Indian Medical Review
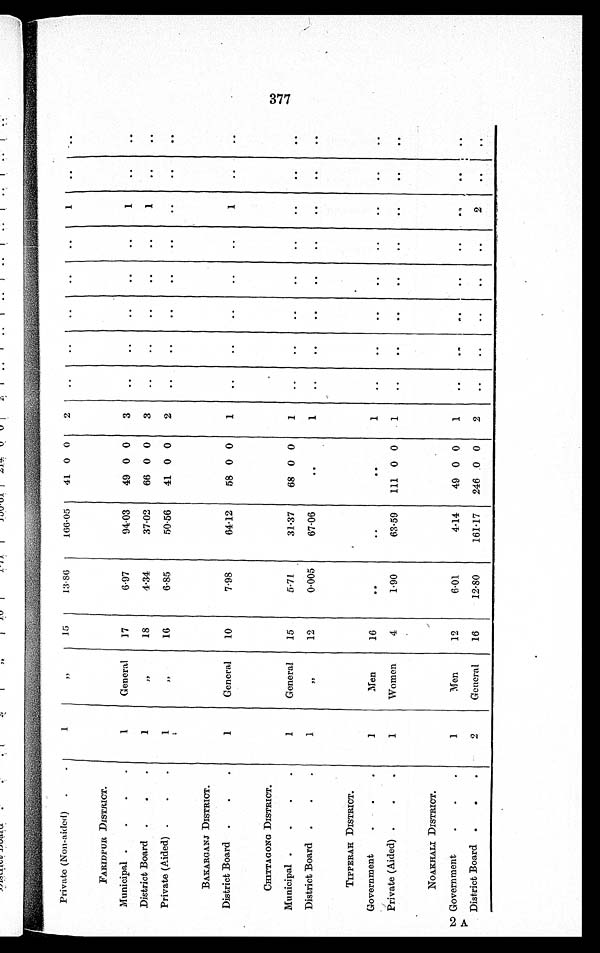
Private (Non-aided)
1
, ,
15
13·86
166·05
41 0 0
2
..
. .
. .
. .
. .
1
..
. .
FARIDPUR DISTRICT.
Municipal
1
General
17
6·97
94·03
49 0 0
3
. .
..
..
..
..
1
. .
. .
District Board
1
, ,
18
4·34
37·02
66 0 0
3
..
. .
..
..
..
1
..
. .
Private (Aided)
1
, ,
16
6·85
50·56
41 0 0
2
. . ..
..
..
..
..
..
. .
BAKARGANJ DISTRICT.
District Board
1
General
10
7·98
64·12
58 0 0
1
..
. .
..
..
..
1
..
. .
CHITTAGONG DISTRICT.
Municipal
1
General
15
5·71
31·37
68 0 0
1
..
..
..
..
..
..
..
..
District Board
1
, ,
12
0·005
67·06 ..
1
..
. .
..
..
. .
. .
..
..
TIPPERAH DISTRICT.
Government
1
Men
16
. . ..
. .
1
..
..
. .
. .
..
. .
. .
..
Private (Aided)
1
Women
4
1·90
63·59
111 0 0
1
..
..
. .
. .
..
. .
. .
. .
NOAKHALI DISTRICT.
Government
1
Men
12
6·01
4·14
49 0 0
1
..
. .
. .
. .
. .
. .
. .
. .
District Board
2
General
16
12·80
161·17
246 0 0
2
..
..
..
. .
..
2
. .
. .
377